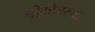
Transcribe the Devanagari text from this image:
श्रीकोलरगढ़